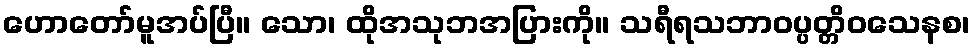
ဟောတော်မူအပ်ပြီ။ သော၊ ထိုအသုဘအပြားကို။ သရီရသဘာဝပ္ပတ္တိဝသေနစ၊